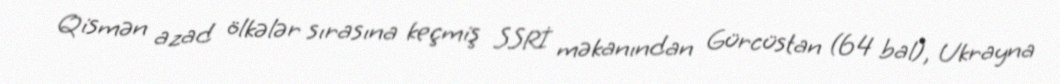
Qismən azad ölkələr sırasına keçmiş SSRİ məkanından Gürcüstan (64 bal), Ukrayna